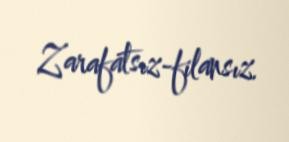
Zarafatsız-filansız.